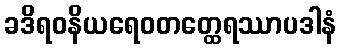
ခဒိရဝနိယရေဝတတ္ထေရဿာပဒါနံ